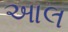
આલ